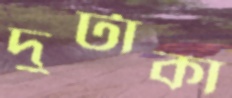
দুটাকা